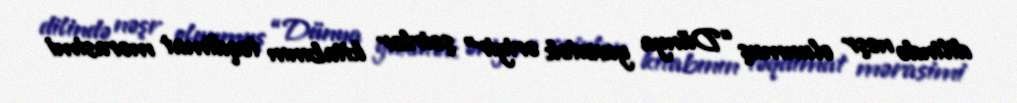
dilində nəşr olunmuş “Dünya yuxutək əriyir” şeirlər kitabının təqdimat mərasimi